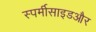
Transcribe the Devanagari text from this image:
स्पर्मीसाइडऔर